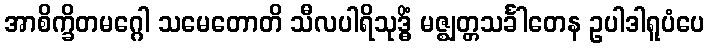
အာစိက္ခိတမဂ္ဂေါ သမေတောတိ သီလပါရိသုဒ္ဓိံ မဇ္ဈတ္တသင်္ခါတေန ဥပါဒါရူပံပေ